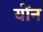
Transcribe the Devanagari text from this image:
योंन